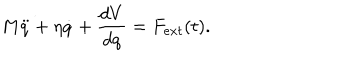
LaTeX: M \ddot { q } + \eta \dot { q } + \frac { d V } { d q } = F _ { e x t } ( t ) .